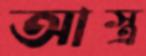
আস্ত্র